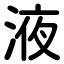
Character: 液